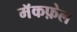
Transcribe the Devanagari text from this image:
मॅकफ़ेल